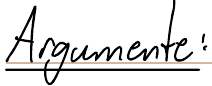
Argumente: